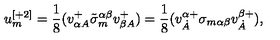
u _ { m } ^ { [ + 2 ] } = \frac 1 8 ( v _ { \alpha A } ^ { + } \tilde { \sigma } _ { m } ^ { \alpha \beta } v _ { \beta A } ^ { + } ) = \frac 1 8 ( v _ { \dot { A } } ^ { \alpha + } \sigma _ { m \alpha \beta } v _ { \dot { A } } ^ { \beta + } ) ,